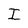
Character: I